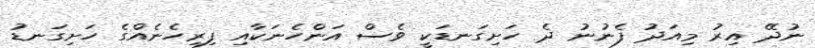
ނުދޭ އިރު މިއަދު ފެނުނު ދެ ހަށިގަނޑަކީ ވެސް އަންހެނަކާއި ފިރިހެނެއްގެ ހަށިގަނޑު